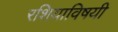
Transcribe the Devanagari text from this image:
रशियाविषयी